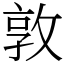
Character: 敦